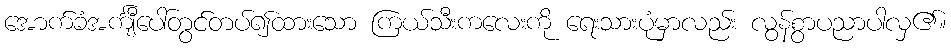
အောက်ခံအင်္ကျီပေါ်တွင်တပ်၍ထားသော ကြယ်သီးကလေးကို ရေးသားပုံမှာလည်း လွန်စွာပညာပါလှ၏။